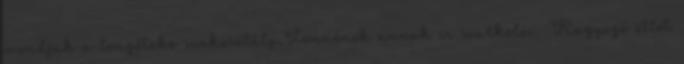
mondjuk a lengőteke szakosztály.Lennének annak is szurkolói. Ragyogó ötlet